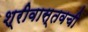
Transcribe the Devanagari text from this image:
श्रीवास्तवची